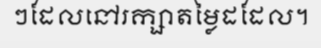
ៗដែលនៅរក្សាតម្លៃដដែល។